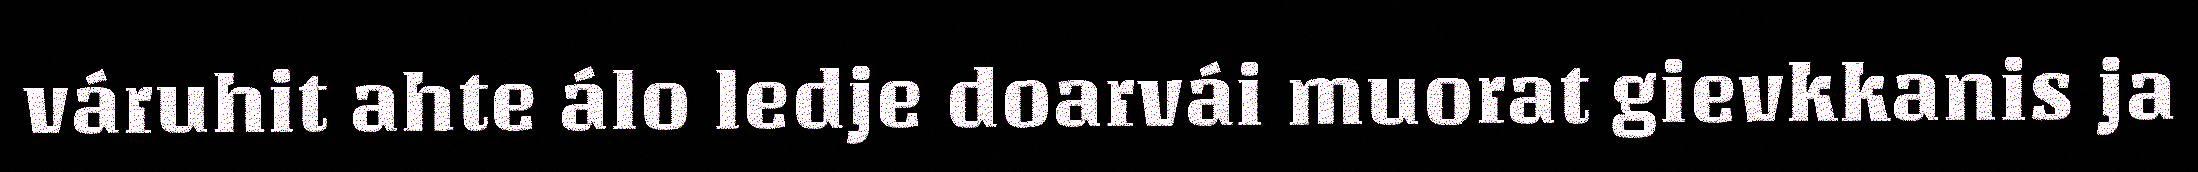
váruhit ahte álo ledje doarvái muorat gievkkanis ja